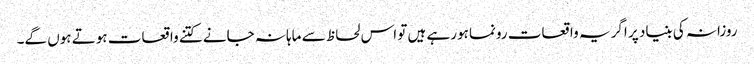
روزانہ کی بنیاد پر اگر یہ واقعات رونما ہورہے ہیں تو اس لحاظ سے ماہانہ جانے کتنے واقعات ہوتے ہوں گے۔